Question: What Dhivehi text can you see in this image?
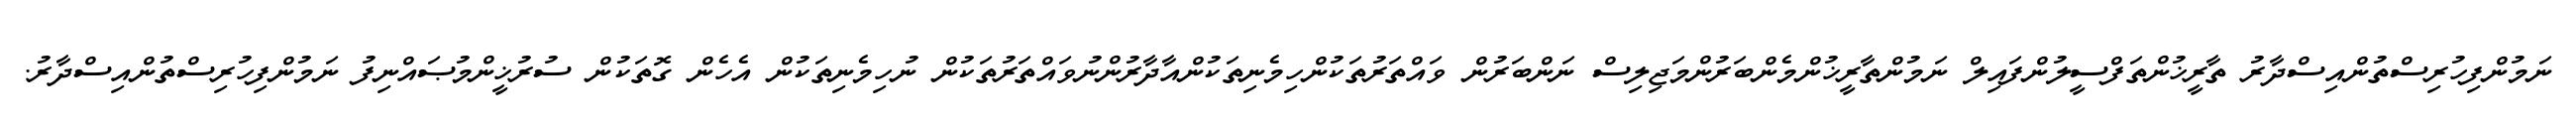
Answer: ނަމުންފިހުރިސްތުންއިސްދާރު ތާރީޚުންތަފްސީލުންފައިލް ނަމުންތާރީޚުންމެންބަރުންމަޖިލިސް ނަންބަރުން ވައްތަރުތަކުންހިމެނިތަކުންއާދާރުންނުވައްތަރުތަކުން ނުހިމެނިތަކުން އެހެން ގޮތަކުން ސުރުޚީންމުޞައްނިފު ނަމުންފިހުރިސްތުންއިސްދާރު.